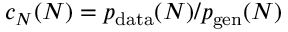
c _ { N } ( N ) = p _ { \mathrm { d a t a } } ( N ) / p _ { \mathrm { g e n } } ( N )